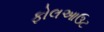
ફોલઆઉટ